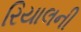
રિયાલની